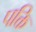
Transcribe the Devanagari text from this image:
पक्ति